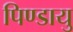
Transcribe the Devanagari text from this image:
पिण्डायु